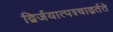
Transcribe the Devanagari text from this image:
द्विर्जयात्पश्‍चाद्वर्तते